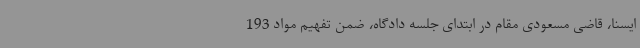
ایسنا، قاضی مسعودی مقام در ابتدای جلسه دادگاه، ضمن تفهیم مواد 193